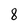
Character: 8